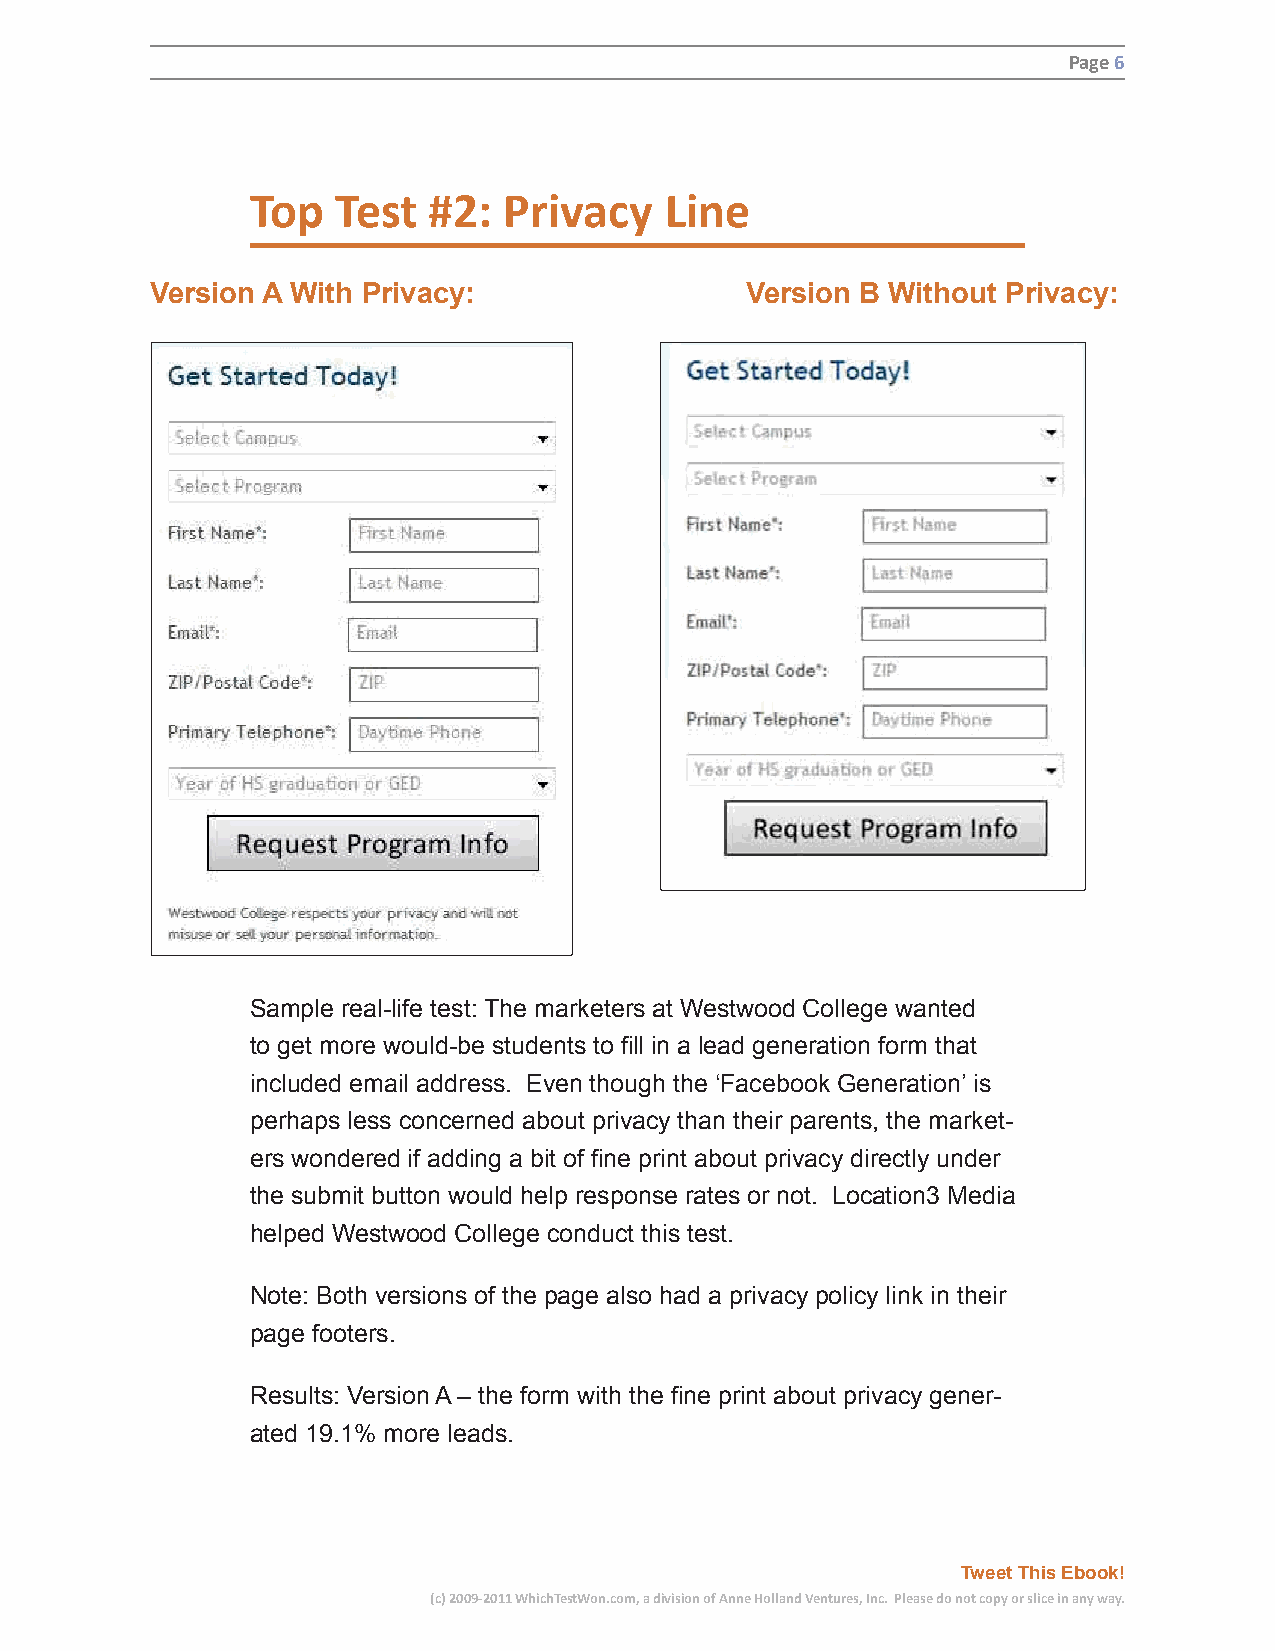
Page 6
 Top  Test  #2:  Privacy    Line
 Version A With Privacy:                Version B Without Privacy:
 Sample real-life test: The marketers at Westwood College wanted
 to get more would-be students to fill in a lead generation form that
 included email address. Even though the ‘Facebook Generation’ is
 perhaps less concerned about privacy than their parents, the market-
 ers wondered if adding a bit of fine print about privacy directly under
 the submit button would help response rates or not. Location3 Media
 helped Westwood College conduct this test.
 Note: Both versions of the page also had a privacy policy link in their
 page footers.
 Results: Version A – the form with the fine print about privacy gener-
 ated 19.1% more leads.
 Tweet This Ebook!
 (c) 2009-2011 WhichTestWon.com, a division of Anne Holland Ventures, Inc. Please do not copy or slice in any way.